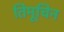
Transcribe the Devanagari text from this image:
तिमूचिन